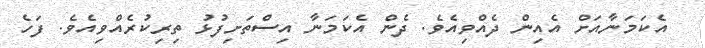
އެކަމަނާއަށް އެއިން ދެއްވިއެވެ. ދެން އެކަމަނާ އިސްތަށިފުޅު ތިރިކުރެއްވިއެވެ. ފަހެ